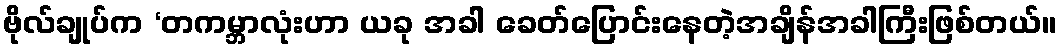
ဗိုလ်ချုပ်က ‘တကမ္ဘာလုံးဟာ ယခု အခါ ခေတ်ပြောင်းနေတဲ့အချိန်အခါကြီးဖြစ်တယ်။